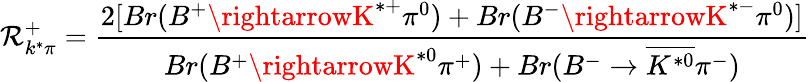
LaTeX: \mathcal{R}_{k^{*}\pi}^{+}=\frac{{2[Br(B^{+}\rightarrowK^{*+}\pi^{0})+Br(B^{-}\rightarrowK^{*-}\pi^{0})]}}{{Br(B^{+}\rightarrowK^{*0}\pi^{+})+Br(B^{-}\rightarrow\overline{{{{K^{*0}}}}}\pi^{-})}}